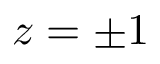
z = \pm 1